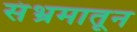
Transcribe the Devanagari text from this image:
संभ्रमातून